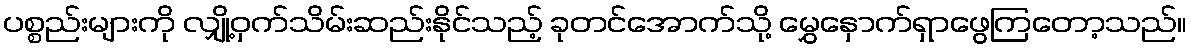
ပစ္စည်းများကို လျှို့ဝှက်သိမ်းဆည်းနိုင်သည့် ခုတင်အောက်သို့ မွှေနှောက်ရှာဖွေကြတော့သည်။